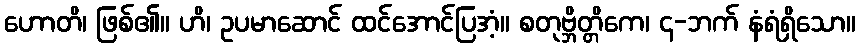
ဟောတိ၊ ဖြစ်၏။ ဟိ၊ ဥပမာဆောင် ထင်အောင်ပြအံ့။ စတုဗ္ဘိတ္တိကေ၊ ၄-ဘက် နံရံရှိသော။